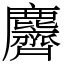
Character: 麡